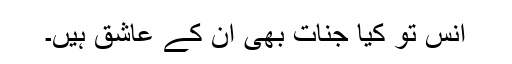
انس تو کیا جنات بھی ان کے عاشق ہیں۔